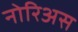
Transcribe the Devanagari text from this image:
नोरिअस